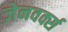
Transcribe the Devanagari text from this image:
ज़ेनवर्क्स